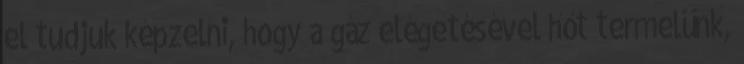
el tudjuk képzelni, hogy a gáz elégetésével hőt termelünk,